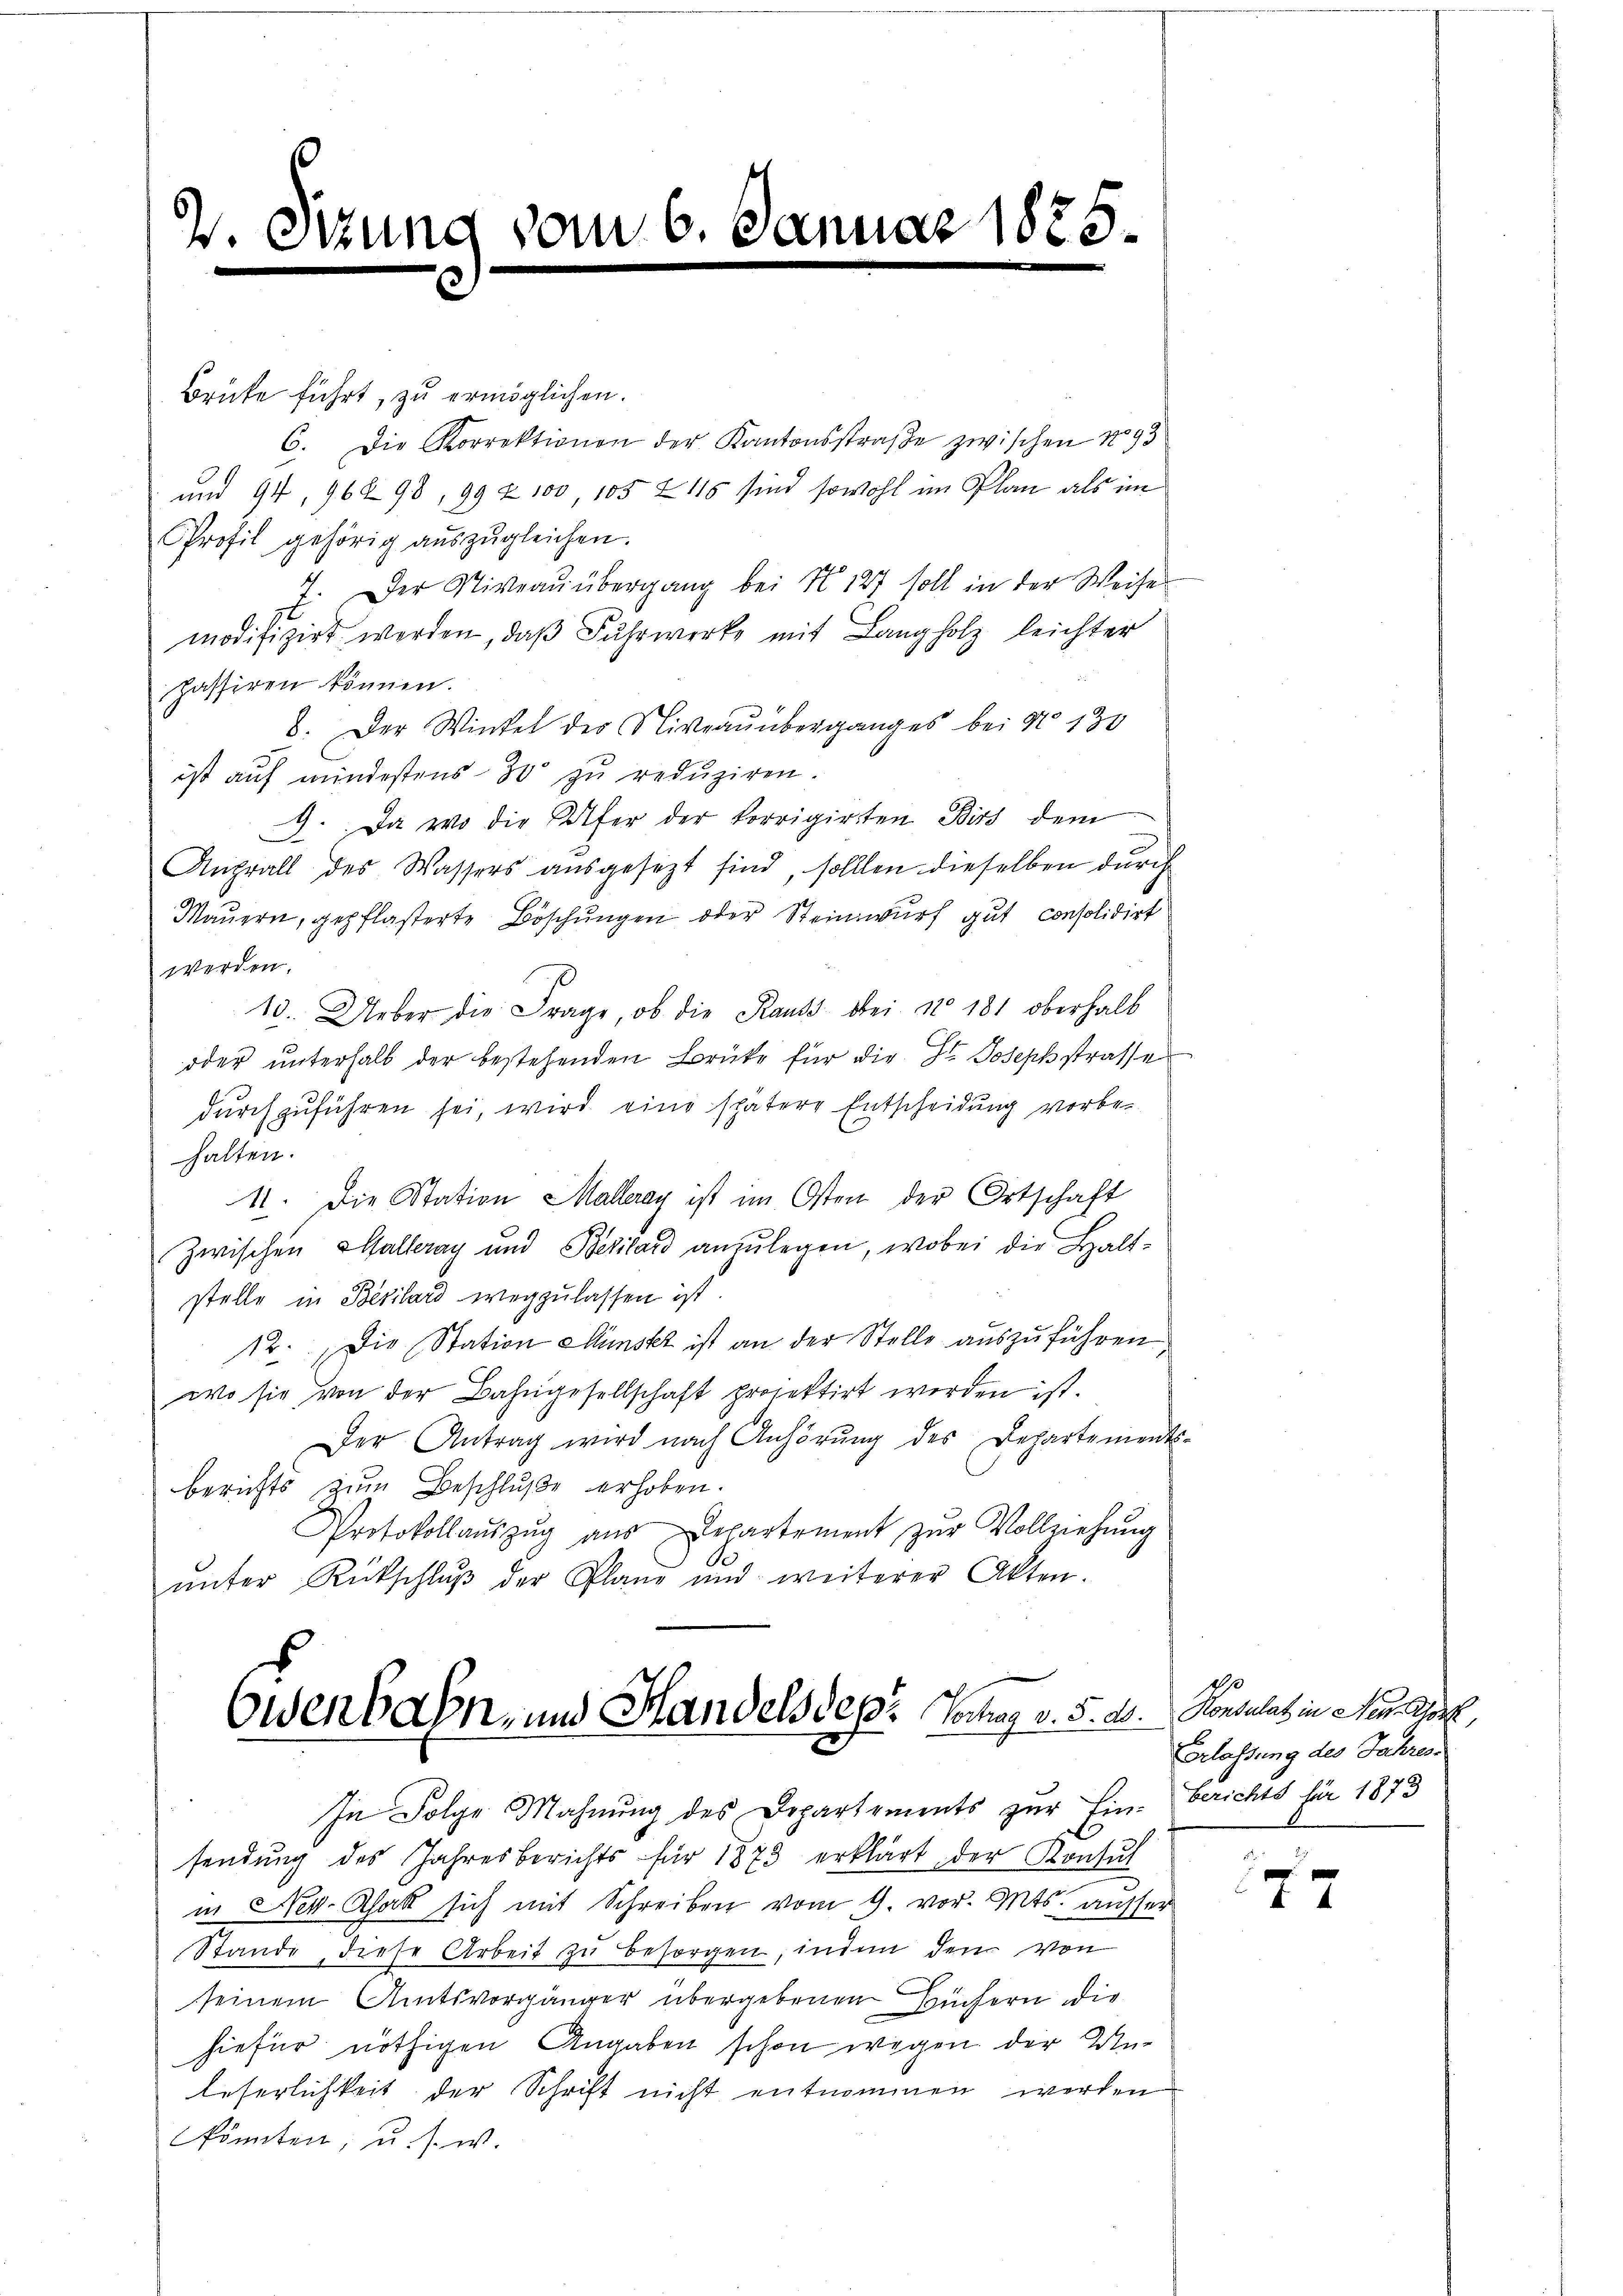
Brüke führt, zu ermöglichen.
6. Die Korrektionen der Kantonsstraβe zwischen No 93
und 94, 962 98, 99 & 100, 105 Z 115 sind sowohl im Plan als im
Profil gehörig aŭszŭgleichen.
Der Niveau übergang bei No 127 soll in der Weise
modifizirt werden, daβ Fuhrwerke mit Langholz leichter
passiren können.
8. Der Wintel der Niveaŭüberganges bei No 130
ist auf mindestens 30 zu reduziren.
9. Da wo die Ufer der korrigirten Birs dem
Anprall des Wassers ausgesezt sind, sollten dieselben durch
Maŭern, gepflasterte Böschŭngen oder Steinwurf gut consolidirt
werden.
13. Ueber die Frage, ob die Kauts bei No 181 oberhalb
oder unterhalb der bestehenden Brüke für die St. Josephstrasse
durchzuführen sei, wird eine spätere Entscheidung vorbe-
halten.
11. Die Station Malleray ist im Osten der Ortschaft
Zwischen Halleray und Bezilard anzulegen, wobei die Haltstelle in Bezilard wegzulassen ist.
12. Die Station Münskt ist an der Stelle auszuführen
wo sie von der Bahngesellschaft projektirt werden ist.
Der Antrag wird nach Anhörŭng des Departements-
berichts zum Beschluße erhoben.
Protokollaŭszŭg aŭs Departement zŭr Vollziehŭng
ŭnter Rückschlŭβ der Pland und weiterer Akten.

2.

.

AM

om 6.

dd 1828

Oldenbahn- und Handelsdep: Vony v. 5. d.
In Folge Mahnung des Departements zur Ein- Berichts für 1873

sendung des Jahresberichts für 1873 erklärt, der Konsul
in Nek-Rhat sich mit Schreiben vom 9. vor. Mts. ausser
Stande, diese Arbeit zu besorgen, indem den von
seinem Amtsvorgänger übergebenen Büchern die
hiefür nöthigen Angaben schon wegen der Un¬
Leserlichkeit der Schrift nicht entnommen werden
könnten, u. s. w.

Konsulat in Neuholz,
Erlassung des Jahres

77